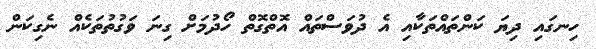
ހިނގައި ދިޔަ ކަންތައްތަކާއި އެ ދުވަސްތައް އޮތްގޮތް ހޯދުމަށް ގިނަ ވަގުތުތަކެއް ނެގިކަން